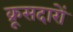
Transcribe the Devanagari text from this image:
क्रूसदारों